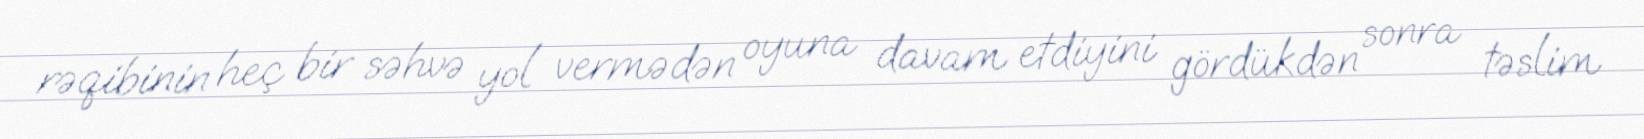
rəqibinin heç bir səhvə yol vermədən oyuna davam etdiyini gördükdən sonra təslim